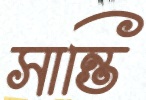
সান্তি